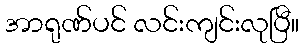
အာရုဏ်ပင် လင်းကျင်းလုပြီ။